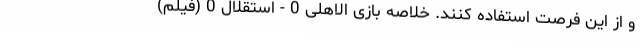
و از این فرصت استفاده کنند. خلاصه بازی الاهلی 0 - استقلال 0 (فیلم)